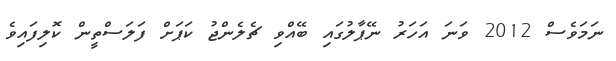
ނަމަވެސް 2012 ވަނަ އަހަރު ނޭޕާލުގައި ބޭއްވި ޗެލެންޖު ކަޕަށް ފަލަސްތީން ކޮލިފައިވެ